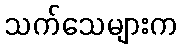
သက်သေများက